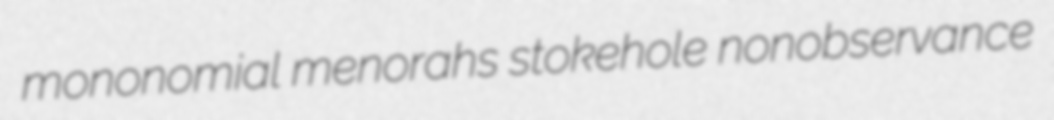
mononomial menorahs stokehole nonobservance